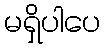
မရှိပါပေ